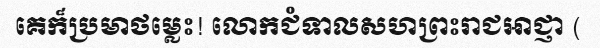
គេក៏ប្រមាថម្លេះ! លោកជំទាលសហព្រះរាជអាជ្ញា (